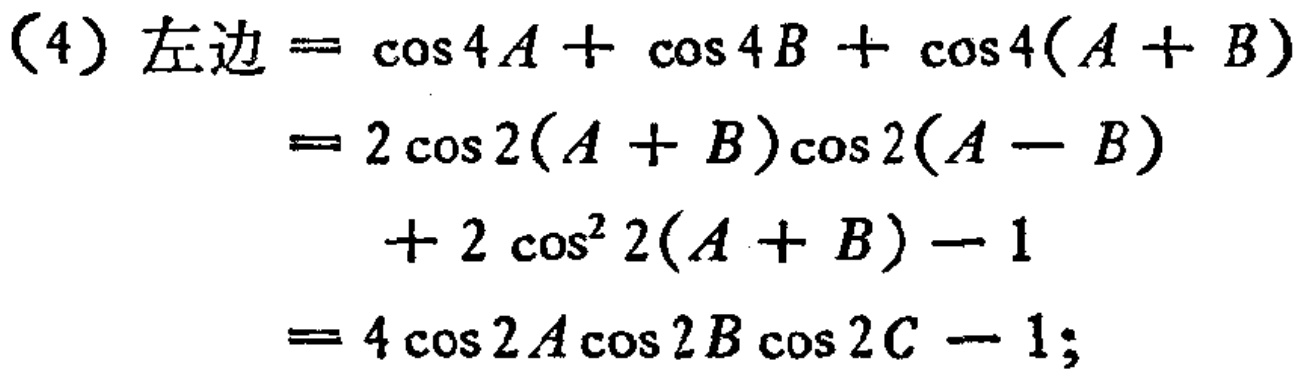
（4）左边$=\cos4A+\cos4B+\cos4(A + B)$

$=2\cos2(A + B)\cos2(A - B)$

$+ 2\cos^{2}2(A + B)-1$

$=4\cos2A\cos2B\cos2C - 1;$